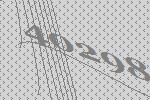
40298